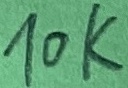
Text: 10K